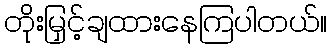
တိုးမြှင့်ချထားနေကြပါတယ်။